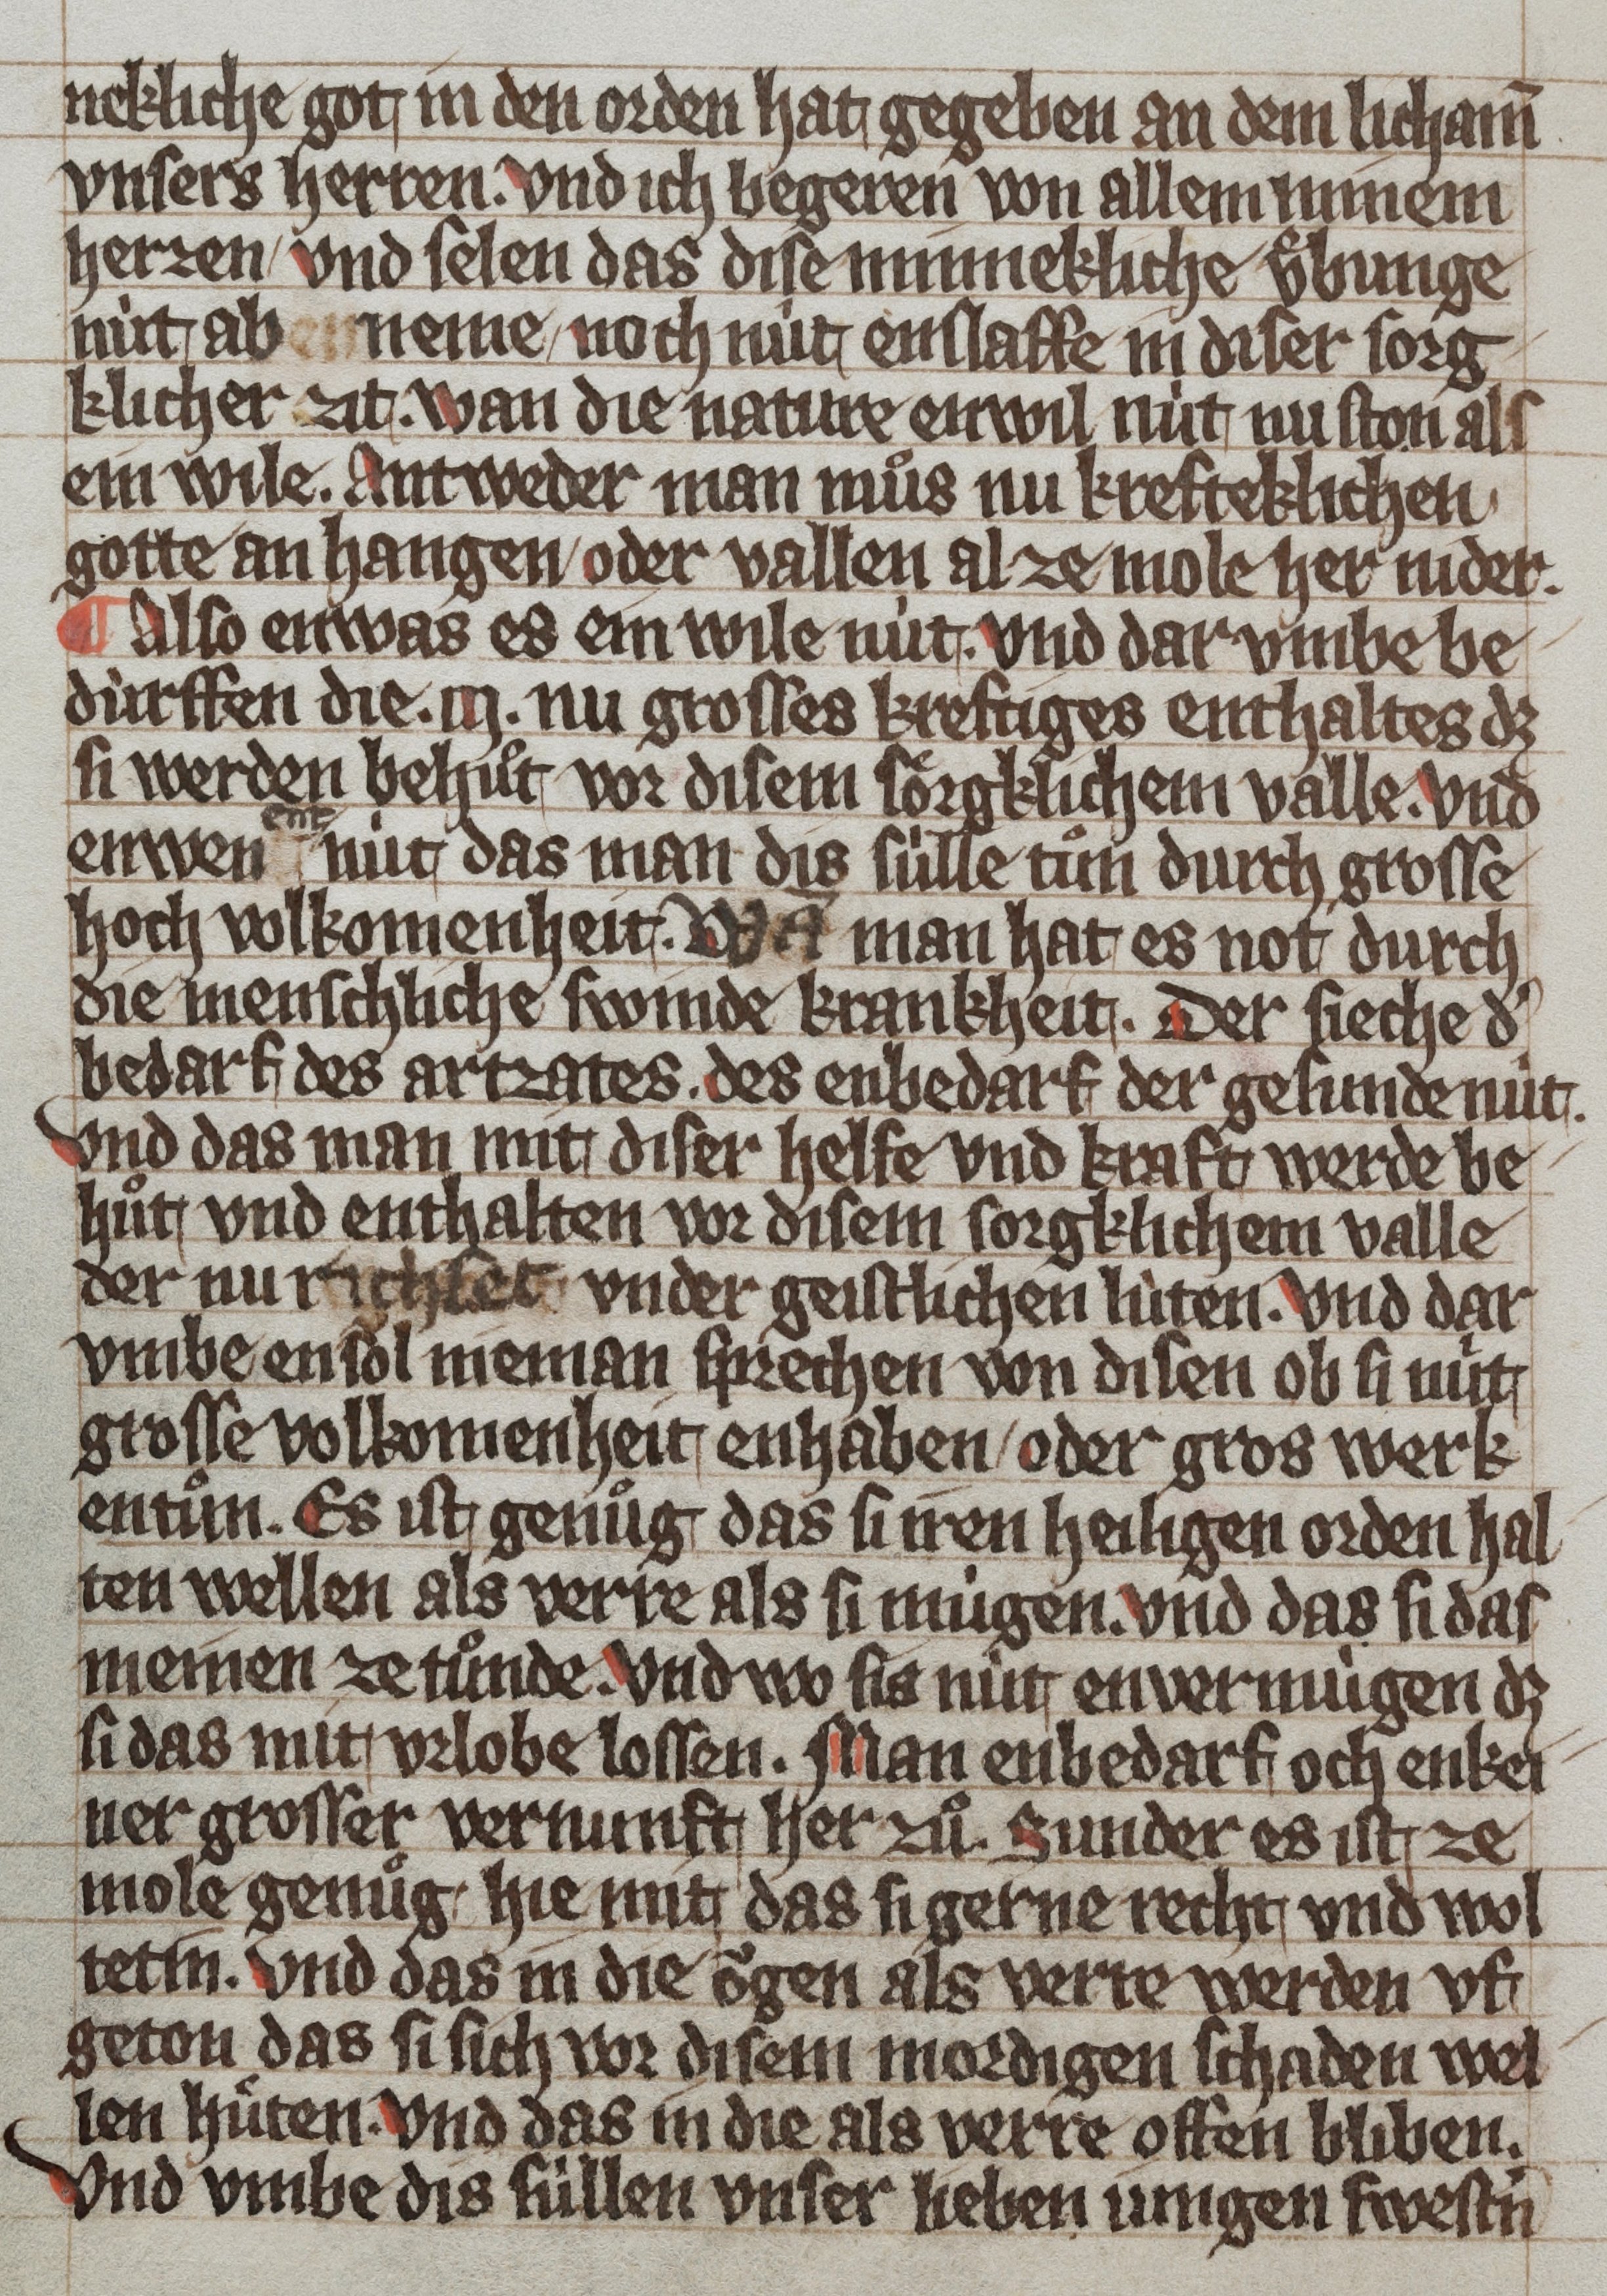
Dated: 1359–1359